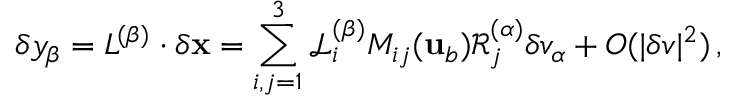
\delta y _ { \beta } = \mathbfcal { L } ^ { ( \beta ) } \cdot \delta { \mathbf { x } } = \sum _ { i , j = 1 } ^ { 3 } \mathcal { L } _ { i } ^ { ( \beta ) } M _ { i j } ( { \mathbf { u } } _ { b } ) \mathcal { R } _ { j } ^ { ( \alpha ) } \delta v _ { \alpha } + O ( | \delta v | ^ { 2 } ) \, ,